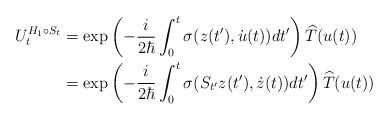
LaTeX: \begin{align*}U_{t}^{H_{1}\circ S_{t}} & =\exp\left( -\frac{i}{2\hbar}\int_{0}^{t}\sigma(z(t^{\prime}),\dot{u}(t))dt^{\prime}\right) \widehat{T}(u(t))\\& =\exp\left( -\frac{i}{2\hbar}\int_{0}^{t}\sigma(S_{t^{\prime}}z(t^{\prime}),\dot{z}(t))dt^{\prime}\right) \widehat{T}(u(t))\end{align*}